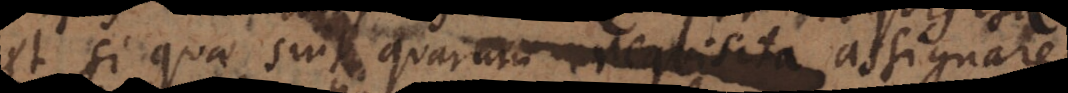
et si quae sunt quarum requisita assignare